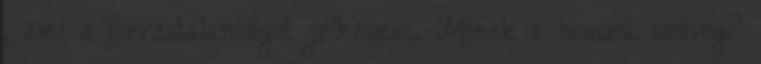
, ami a forrástalanságot jelképezi. Minek a hosszú szöveg?